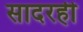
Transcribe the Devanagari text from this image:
सादरही